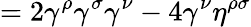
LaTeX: =2\gamma^{\rho}\gamma^{\sigma}\gamma^{\nu}-4\gamma^{\nu}\eta^{\rho\sigma}